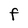
Character: F